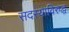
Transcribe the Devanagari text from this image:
सदस्याविरुद्ध